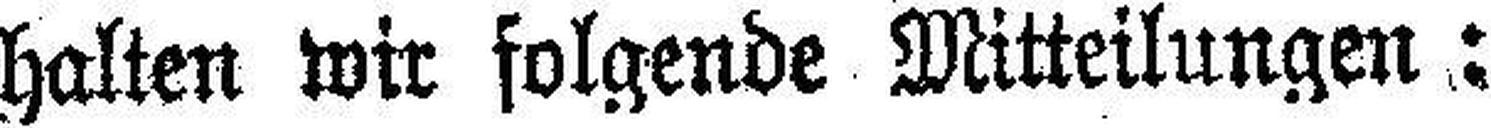
halten wir folgende Mitteilungen: